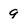
Character: 9